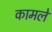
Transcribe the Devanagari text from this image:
कामले